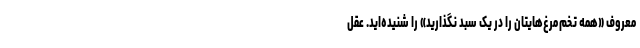
معروف «همه تخم‌مرغ‌هایتان را در یک سبد نگذارید» را شنیده‌اید. عقل